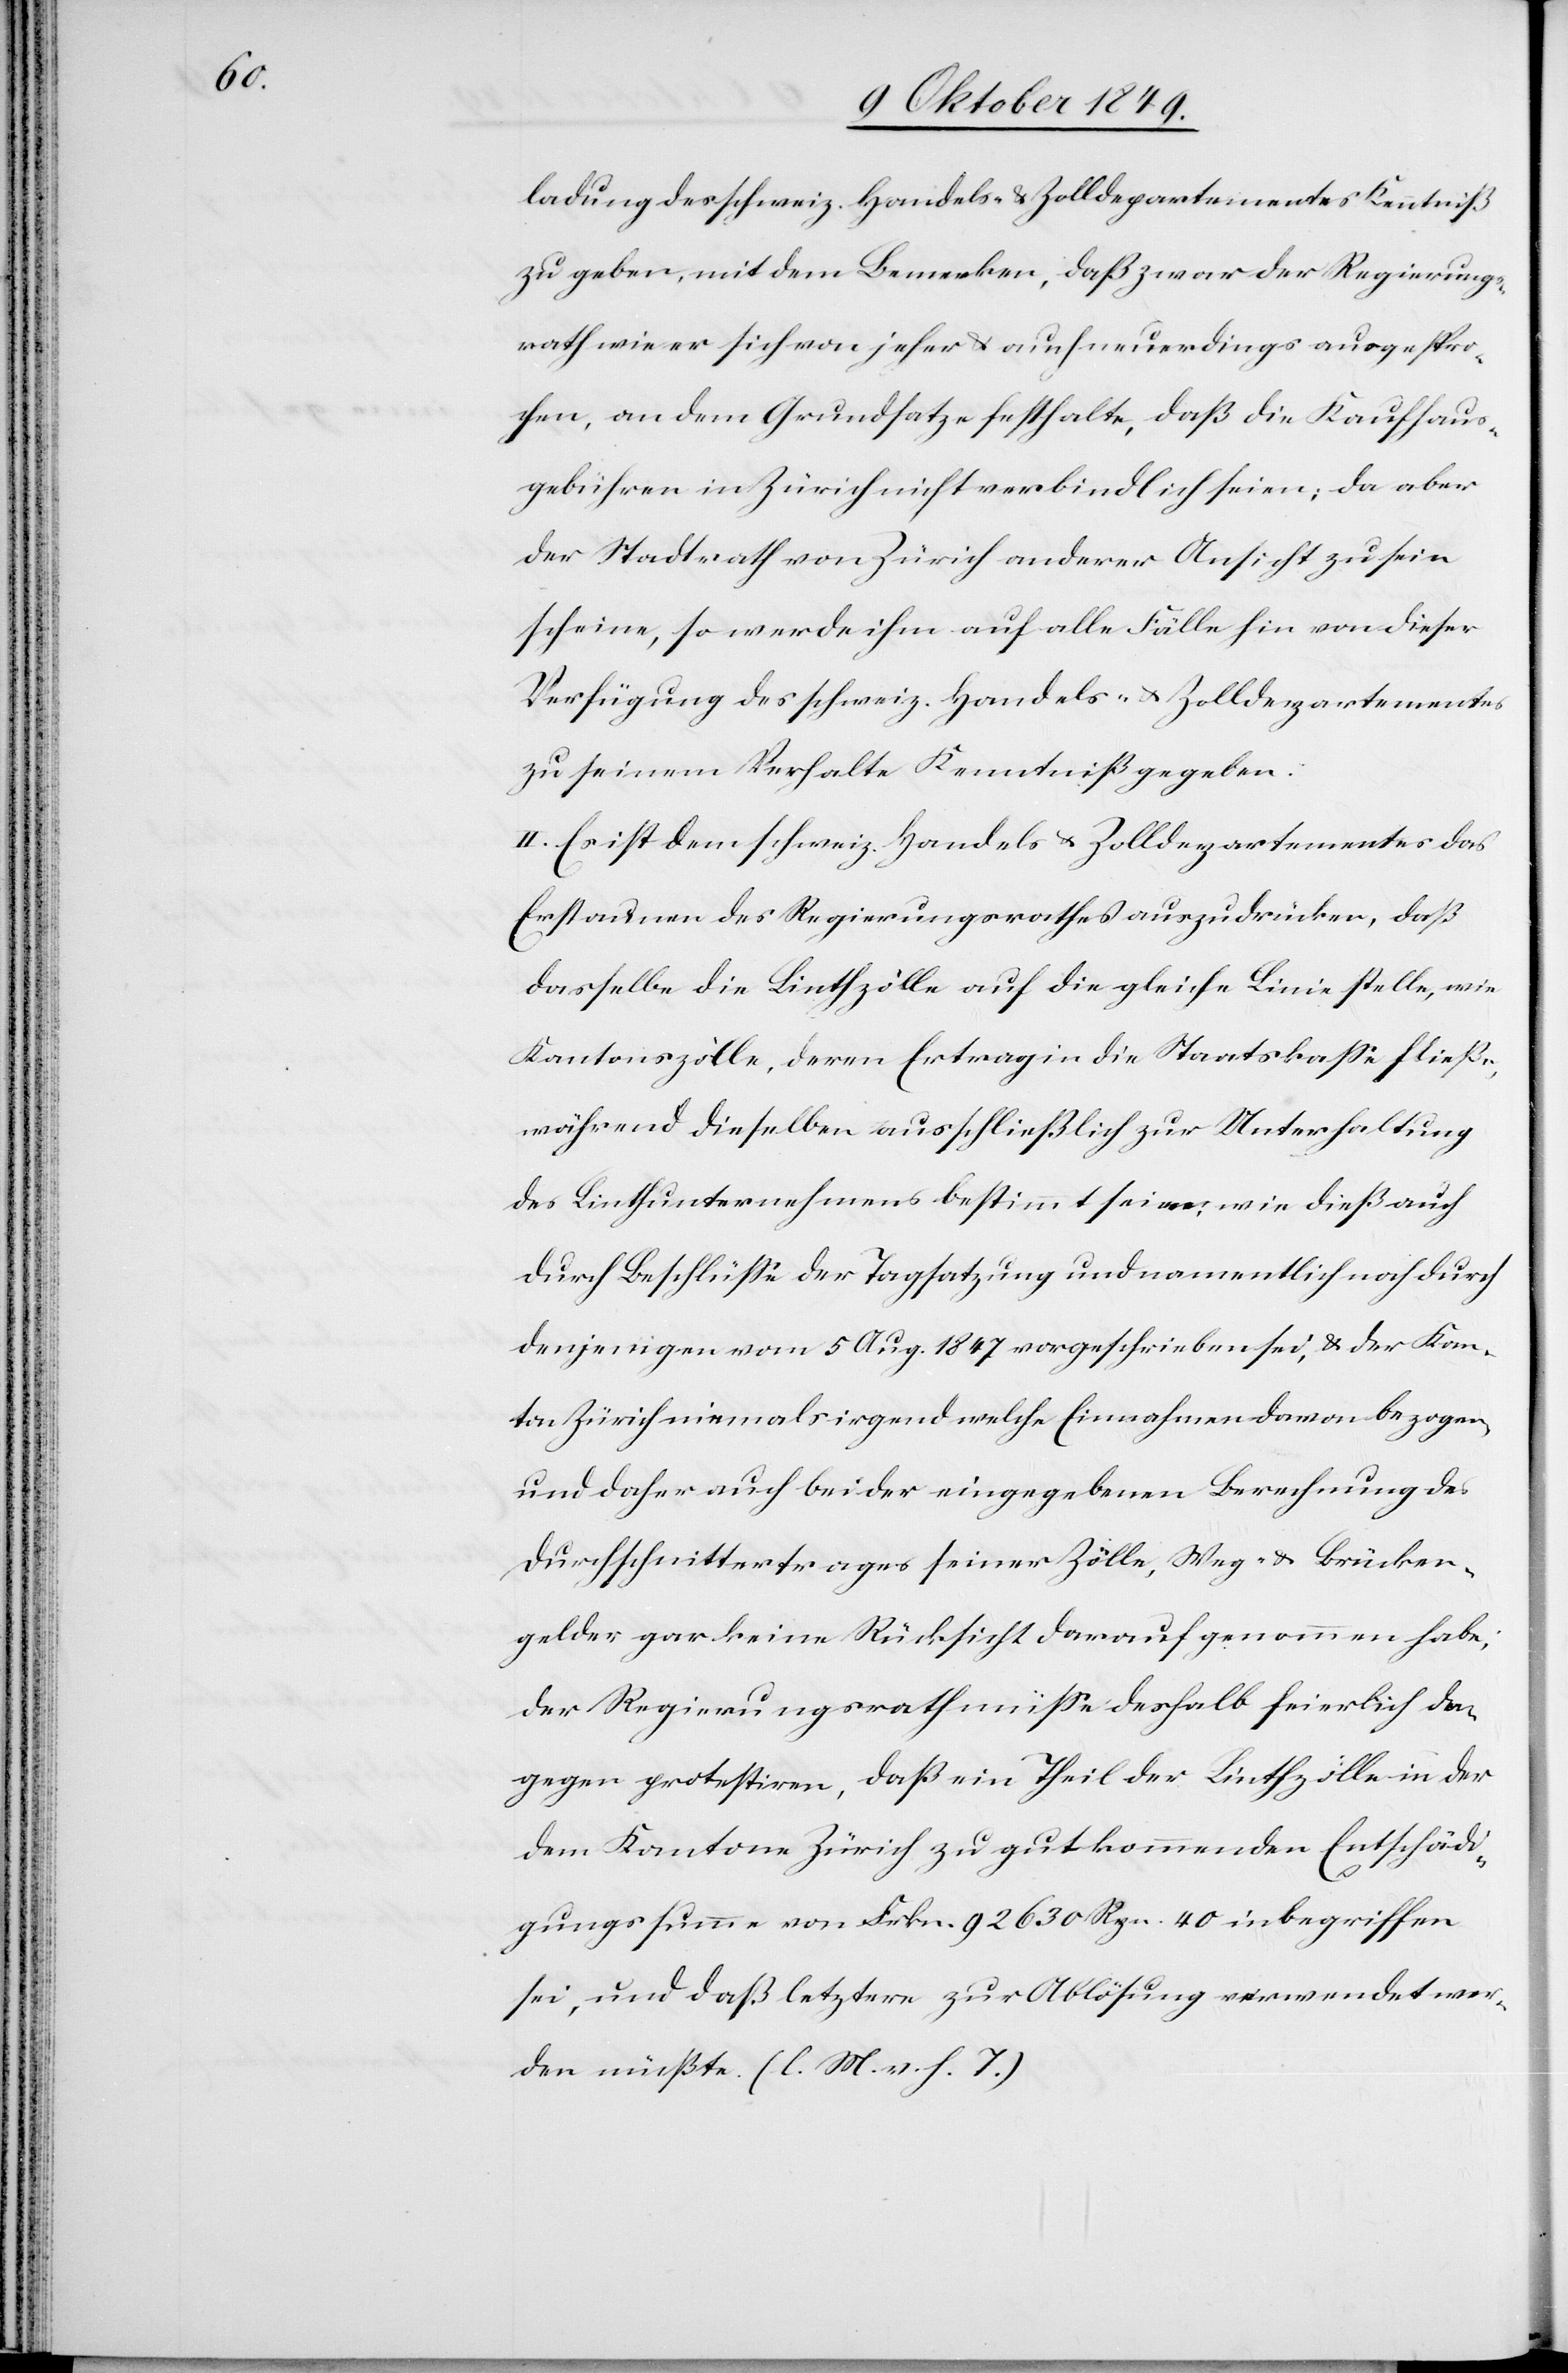
ladung des schweiz. Handels- u. Zolldepartementes Kenntniß
zu geben, mit dem Bemerken, daß zwar der Regierungs¬
rath wie er sich von jeher u. auch neuerdings ausgespro¬
chen, an dem Grundsatz festhalte, daß die Kaufhaus¬
gebühren in Zürich nicht verbindlich seien; da aber
der Stadtrath von Zürich anderer Ansicht zu sein
scheine, so werde ihm auf alle Fälle hin von dieser
Verfügung des schweiz. Handels- u. Zolldepartementes
zu seinem Verhalten Kenntniß gegeben.
II. Es ist dem schweiz. Handels- u. Zolldepartementes das
Erstaunen des Regierungsrathes auszudrücken, daß
dasselbe die Linthzölle auf die gleiche Linie stelle, wie
Kantonszölle, deren Ertrag in die Staatskaße fließe,
während dieselben ausschließlich zur Unterhaltung
des Linthunternehmens bestimmt seien; wie dieß auch
durch Beschlüße der Tagsatzung und namentlich noch durch
denjenigen vom 5 Aug. 1847 vorgeschrieben sei, u. der Kan¬
ton Zürich niemals irgendwelche Einnahmen davon bezogen,
und daher auch bei der eingegebenen Berechnung des
Durchschnittertrages seiner Zölle, Weg- u. Brücken¬
gelder gar keine Rücksicht darauf genommen habe;
der Regierungsrath müße deshalb feierlich da¬
gegen protestiren, daß ein Theil der Linthzölle in der
dem Kantone Zürich zu gut kommenden Entschädi¬
gungssumme von Frkn. 92630 Rpn. 40 inbegriffen
sei, und daß letztere zur Ablösung verwendet wer¬
den müßte. [l. M. v. h. T]